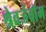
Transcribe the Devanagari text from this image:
श्रेवर्जबॉम